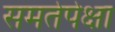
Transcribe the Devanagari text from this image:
समतेपेक्षा